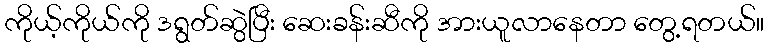
ကိုယ့်ကိုယ်ကို ဒရွတ်ဆွဲပြီး ဆေးခန်းဆီကို အားယူလာနေတာ တွေ့ရတယ်။